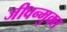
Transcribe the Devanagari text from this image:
जीवन्‍मुक्‍त